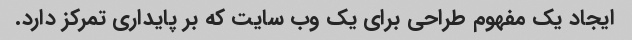
ایجاد یک مفهوم طراحی برای یک وب سایت که بر پایداری تمرکز دارد.